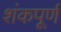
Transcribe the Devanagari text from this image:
शंकपूर्ण